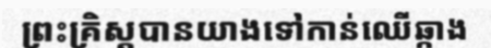
ព្រះគ្រិស្តបានយាងទៅកាន់ឈើឆ្កាង